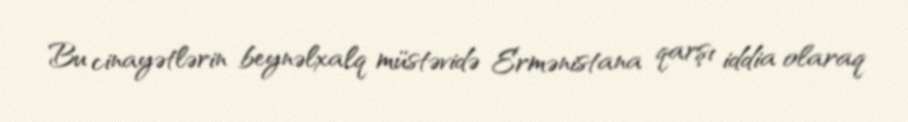
Bu cinayətlərin beynəlxalq müstəvidə Ermənistana qarşı iddia olaraq